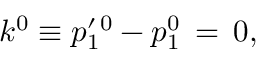
k ^ { 0 } \equiv p _ { 1 } ^ { \prime \, 0 } - p _ { 1 } ^ { 0 } \, = \, 0 ,